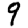
Digit: 9